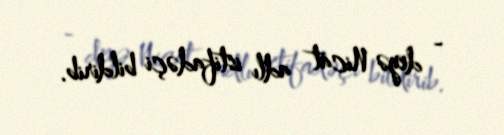
- deyə Nicat adlı istifadəçi bildirib.